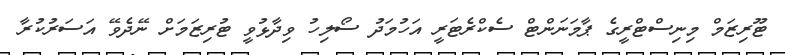
ޓޫރިޒަމް މިނިސްޓްރީގެ ޕާމަނަންޓް ސެކްރެޓަރީ އަހުމަދު ސޯލިހު ވިދާޅުވީ ޓުރިޒަމަށް ނޭދެވޭ އަސަރުކުރާ